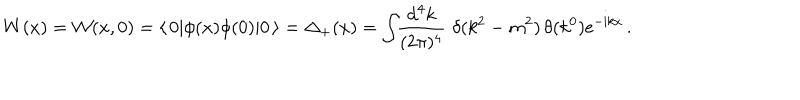
LaTeX: W ( x ) = { \cal W } ( x , 0 ) = \langle \, 0 | \phi ( x ) \phi ( 0 ) | 0 \, \rangle = \Delta _ { + } ( x ) = { \displaystyle \int \! \! \frac { \mathrm { d } ^ { 4 } k } { ( 2 \pi ) ^ { 4 } } } \, \, \delta ( k ^ { 2 } - m ^ { 2 } ) \, \theta ( k ^ { 0 } ) \mathrm { e } ^ { - \mathrm { i } k x } \, .